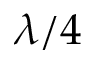
\lambda / 4